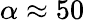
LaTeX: \alpha\approx 50